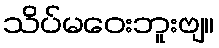
သိပ်မဝေးဘူးဗျ။